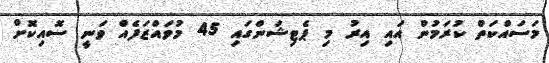
މަސައްކަތް ކުރަމުން އައި އިރު މި ޕެޓިޝަންގައި 45 މުވައްޒަފެއް ވަނީ ސޮއިކޮށް